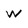
Character: w